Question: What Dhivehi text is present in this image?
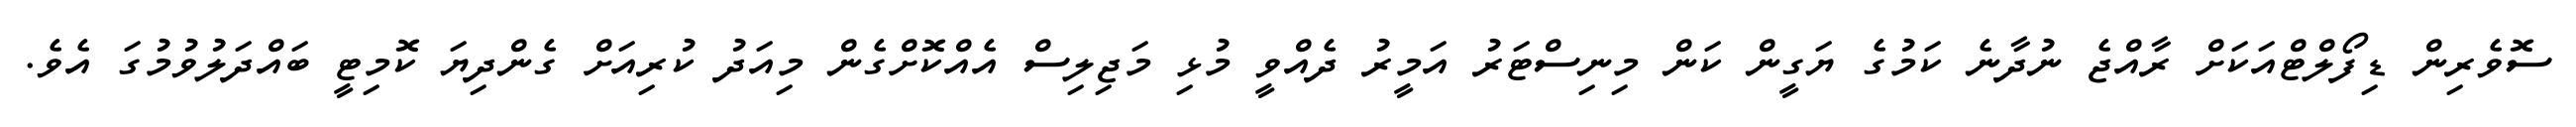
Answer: ސޮވެރިން ޑިފޯލްޓްއަކަށް ރާއްޖެ ނުދާނެ ކަމުގެ ޔަގީން ކަން މިނިސްޓަރު އަމީރު ދެއްވީ މުޅި މަޖިލިސް އެއްކޮށްގެން މިއަދު ކުރިއަށް ގެންދިޔަ ކޮމިޓީ ބައްދަލުވުމުގަ އެވެ.